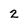
Character: 2